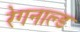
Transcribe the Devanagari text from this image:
रेगनाल्ड